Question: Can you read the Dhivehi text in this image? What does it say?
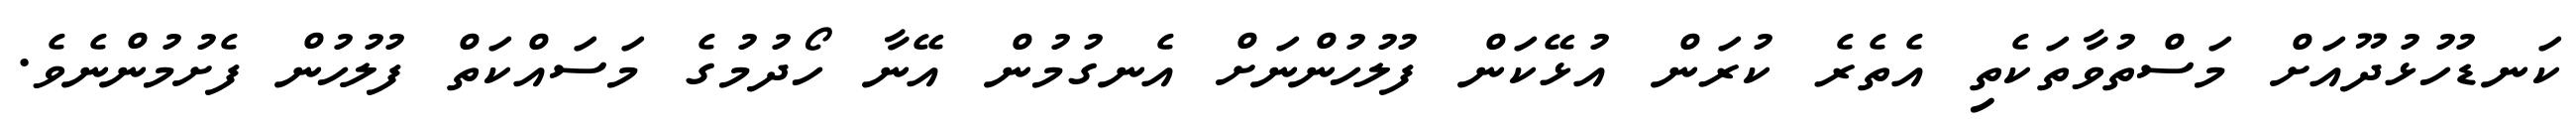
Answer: ކަނޑުހުޅުދޫއަށް މަސްތުވާތަކެތި އެތެރެ ކުރަން އުޅޭކަން ފުލުހުންނަށް އެނގުމުން އޭނާ ހޯދުމުގެ މަސައްކަތް ފުލުހުން ފެށުމުންނެވެ.